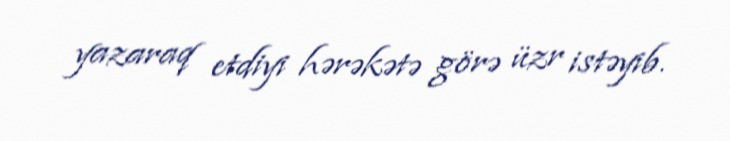
yazaraq etdiyi hərəkətə görə üzr istəyib.